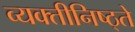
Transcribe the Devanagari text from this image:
व्यक्तीनिष्ठ्ते